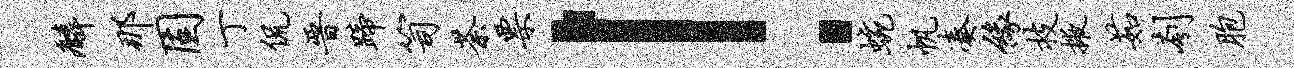
麟那固丁侃晋蹄笥荼票！蜿帆凑缘技掖茹刳胞